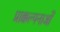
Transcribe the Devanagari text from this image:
प्राक्कल्पनाओं